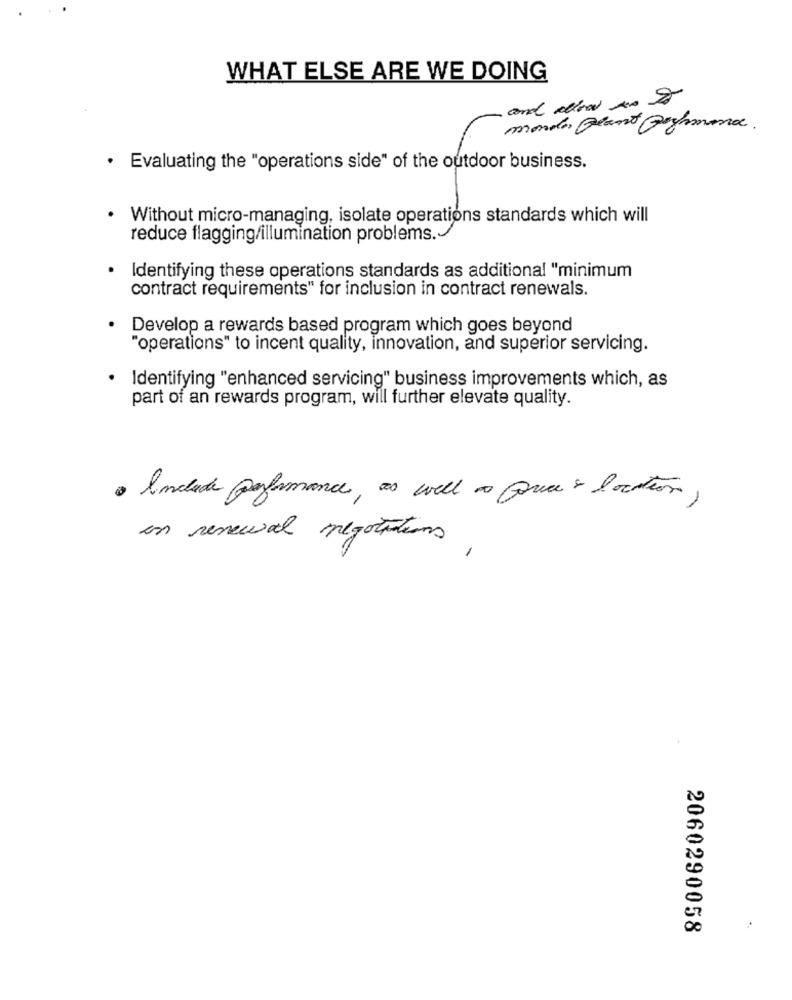
WHAT ELSE ARE WE DOING
and allow to Do
monde Plant Goghmonde.
. Evaluating the "operations side" of the outdoor business.
Without micro-managing, isolate operations standards which will
reduce flagging/illumination problems.
Identifying these operations standards as additional "minimum
contract requirements" for inclusion in contract renewals.
Develop a rewards based program which goes beyond
"operations" to incent quality, innovation, and superior servicing.
· Identifying "enhanced servicing" business improvements which, as
part of an rewards program, will further elevate quality.
. Include performance , as well as Quece & location ,
in renewal negotiations .
2060290058